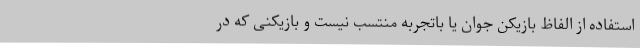
استفاده از الفاظ بازیکن جوان یا باتجربه منتسب نیست و بازیکنی که در